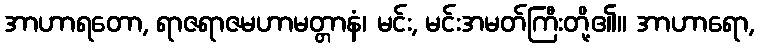
အာဟာရတော, ရာဇရာဇမဟာမတ္တာနံ၊ မင်း, မင်းအမတ်ကြီးတို့၏။ အာဟာရော,